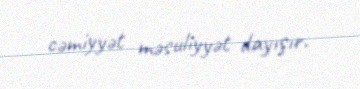
cəmiyyət məsuliyyət dayışır.